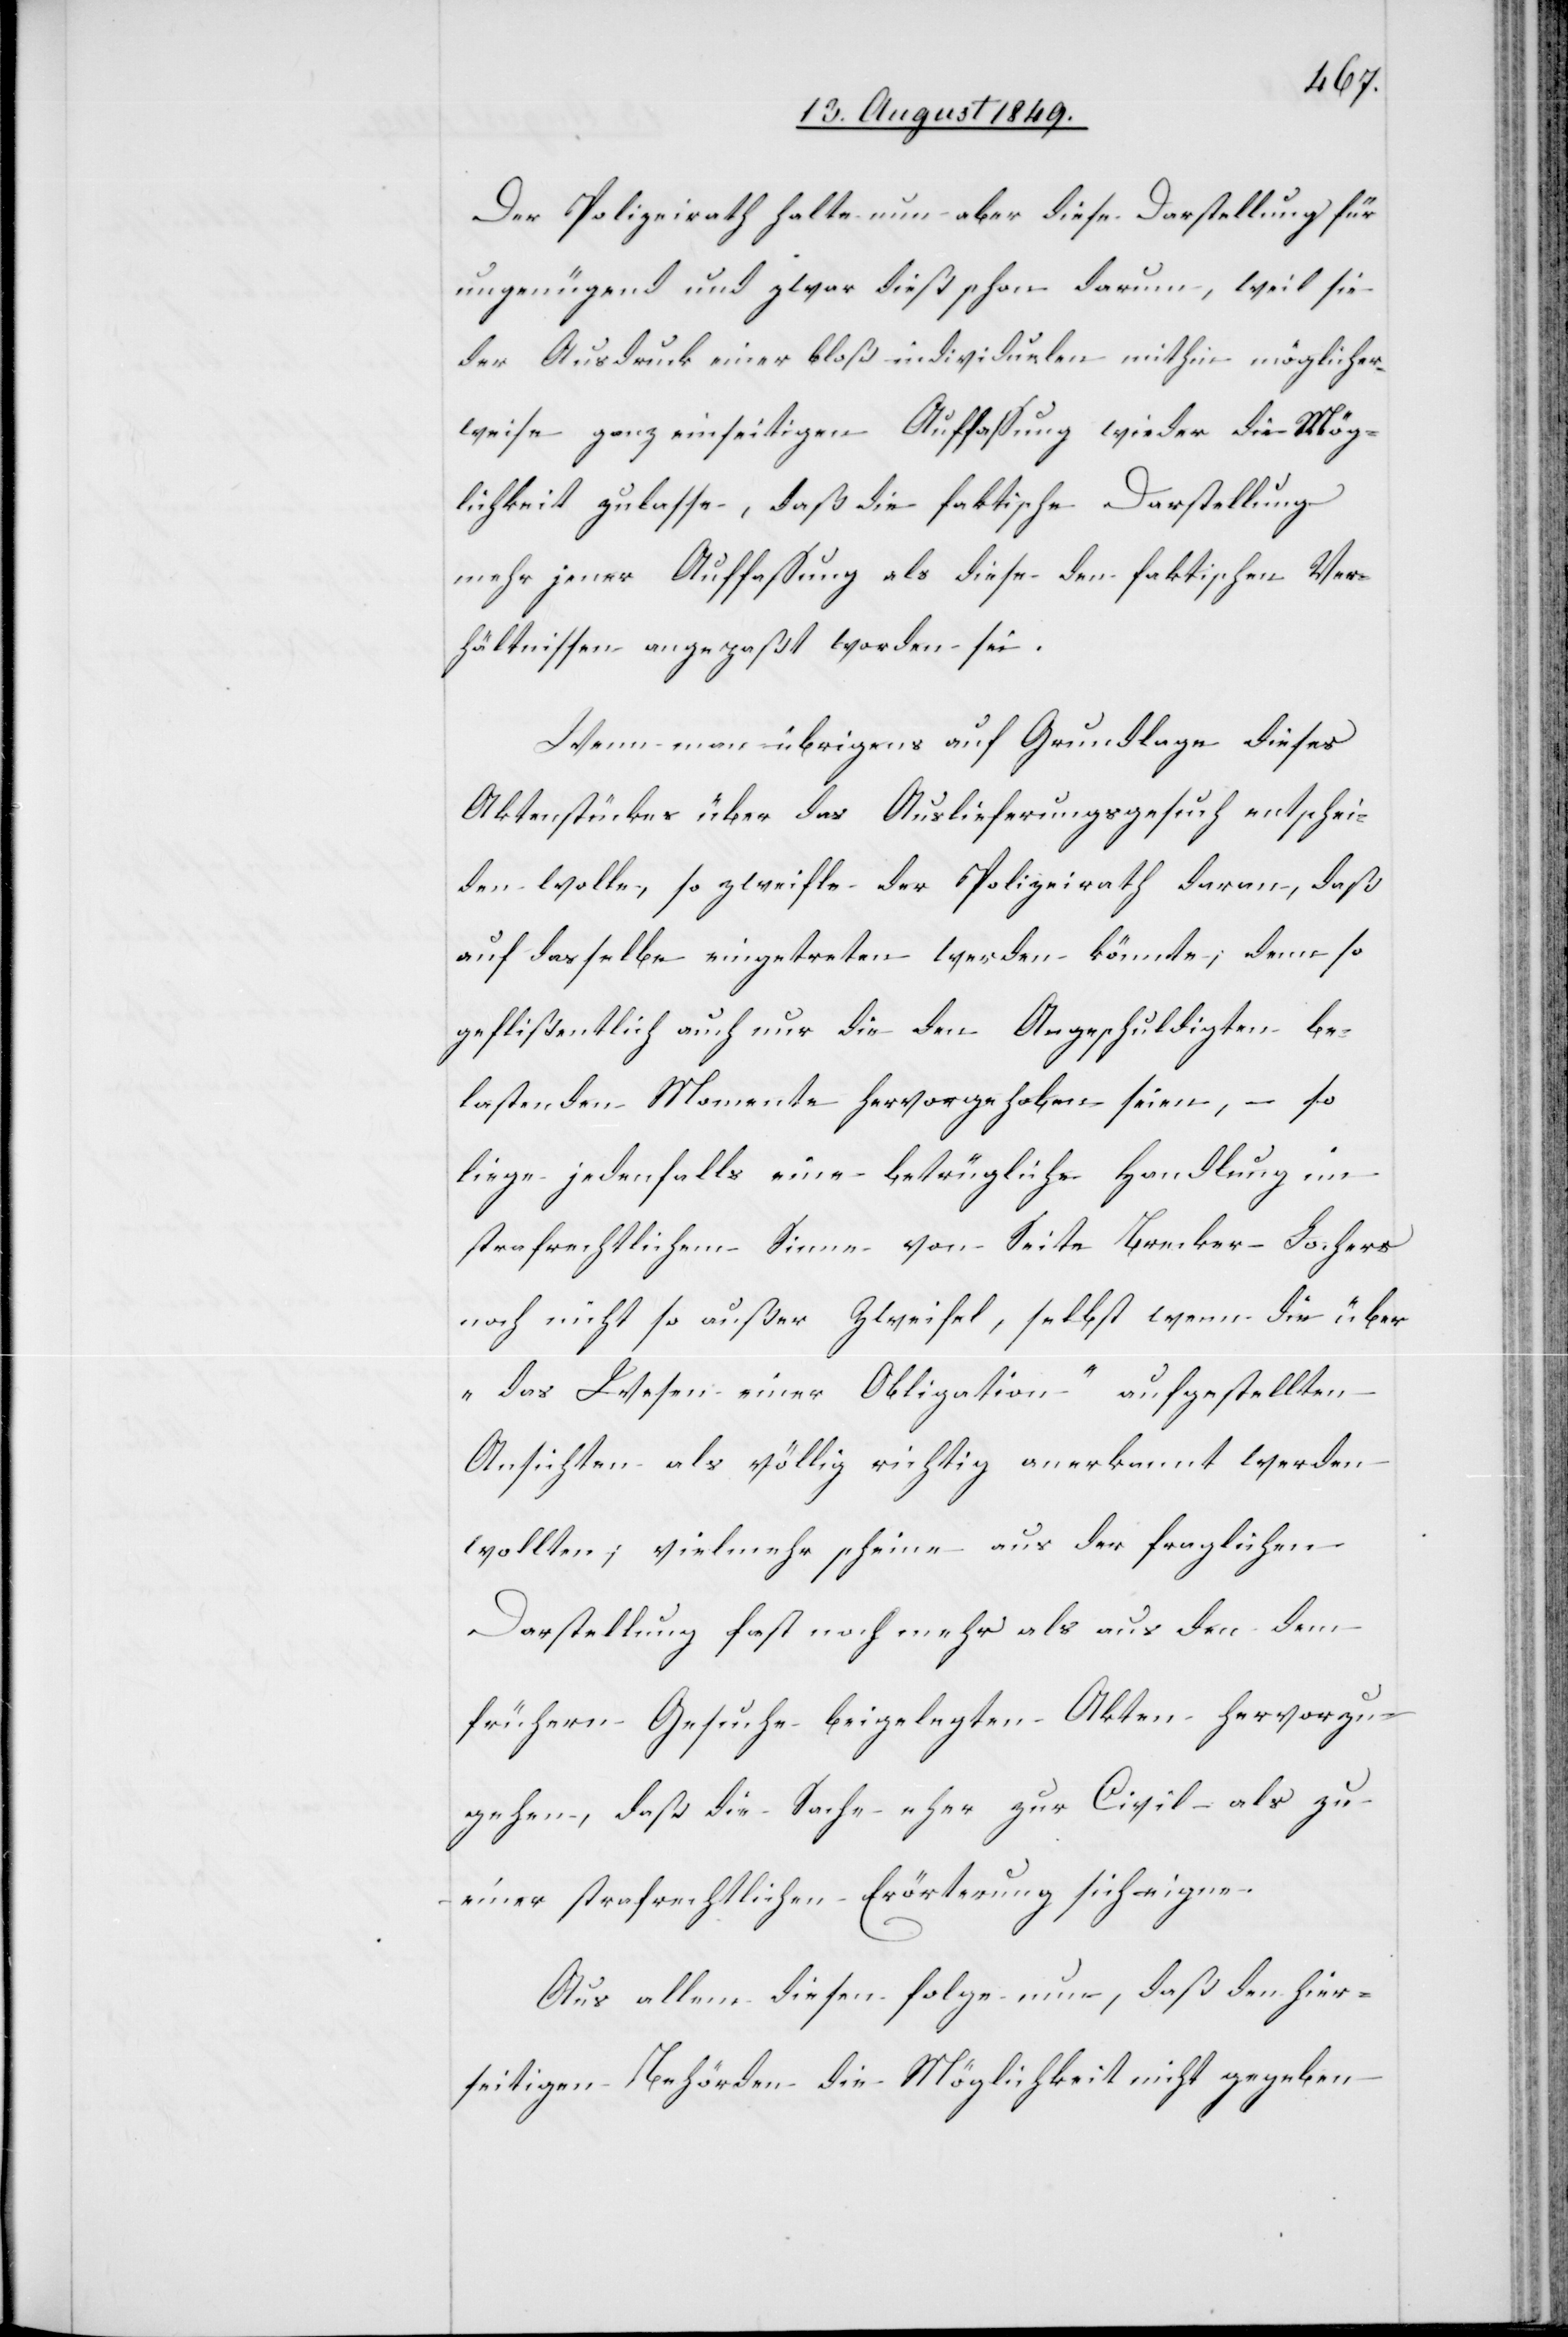
Der Polizeirath halte nun aber diese Darstellung für
ungenügend und zwar dieß schon darum, weil sie
der Ausdruck einer bloß individuelen [sic!] mithin möglicher¬
weise ganz einseitigen Auffassung wieder die Mög¬
lichkeit zulasse, daß die faktische Darstellung
mehr jener Auffassung als diese den faktischen Ver¬
hältnissen angepaßt worden sei.
Wenn man übrigens auf Grundlage dieses
Aktenstückes über das Auslieferungsgesuch entschei¬
den wolle, so zweifle der Polizeirath daran, daß
auf dasselbe eingetreten werden könnte; dem so
geflißentlich [sic!] auch nur die den Angeschuldigten be¬
lastenden Momente hervorgehoben seien, so
liege jedenfalls eine betrügliche Handlung im
strafrechtlichem [sic!] Sinne von Seite Brecker-Lochers
noch nicht so außer Zweifel, selbst wenn die über
„das Wesen einer Obligation“ aufgestellten
Ansichten als völlig richtig anerkannt werden
wollten; vielmehr scheine aus der fraglichen
Darstellung fast noch mehr als aus den dem
frühern Gesuche beigelegten Akten hervorzu¬
gehen, daß die Sache eher zur Civil- als zu
einer strafrechtlichen Erörterung sich eigne.
Aus allem diesen folge nun, daß den hier¬
seitigen Behörden die Möglichkeit nicht gegeben